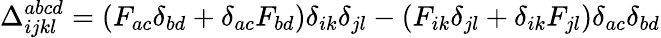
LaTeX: \Delta_{ijkl}^{abcd}=(F_{ac}\delta_{bd}+\delta_{ac}F_{bd})\delta_{ik}\delta_{jl}-(F_{ik}\delta_{jl}+\delta_{ik}F_{jl})\delta_{ac}\delta_{bd}